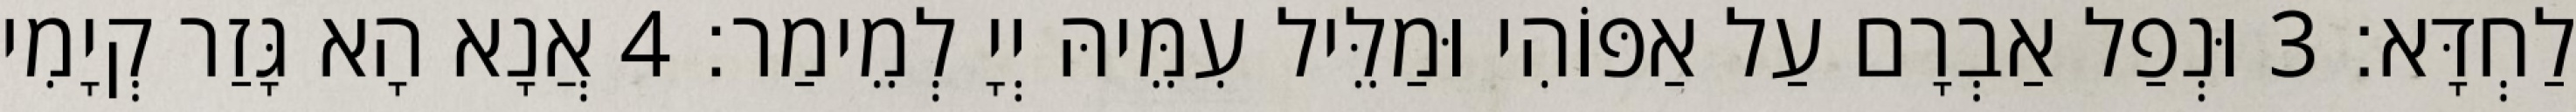
לַחְדָּא׃ 3 וּנְפַל אַבְרָם עַל אַפּוֹהִי וּמַלֵּיל עִמֵּיהּ יְיָ לְמֵימַר׃ 4 אֲנָא הָא גָּזַר קְיָמִי